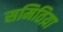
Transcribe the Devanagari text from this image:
समितिय़ा